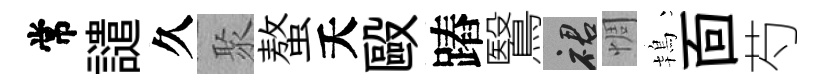
常譴久聚螯夭毆蹖鷖裙惆鴇靣芍